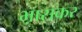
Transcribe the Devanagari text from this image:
भ़ासकर